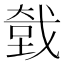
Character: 𮲍